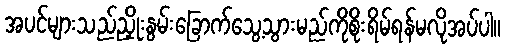
အပင်များသည်ညှိုးနွမ်းခြောက်သွေ့သွားမည်ကိုစိုးရိမ်ရန်မလိုအပ်ပါ။